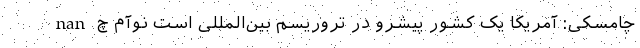
nan چامسکی: آمریکا یک کشور پیشرو در تروریسم بین‌المللی است نوآم چ